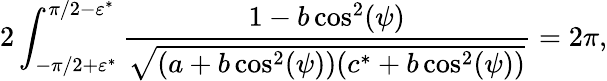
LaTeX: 2\int_{-\pi/2+\varepsilon^{*}}^{\pi/2-\varepsilon^{*}}\frac{1-b\cos^{2}(\psi)}{\sqrt{(a+b\cos^{2}(\psi))(c^{*}+b\cos^{2}(\psi))}}=2\pi,